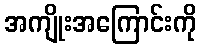
အကျိုးအကြောင်းကို